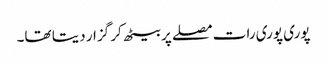
پوری پوری رات مصلے پر بیٹھ کر گزار دیتا تھا۔